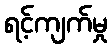
ရင့်ကျက်မှု